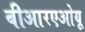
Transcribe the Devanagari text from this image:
बीआरएओयू